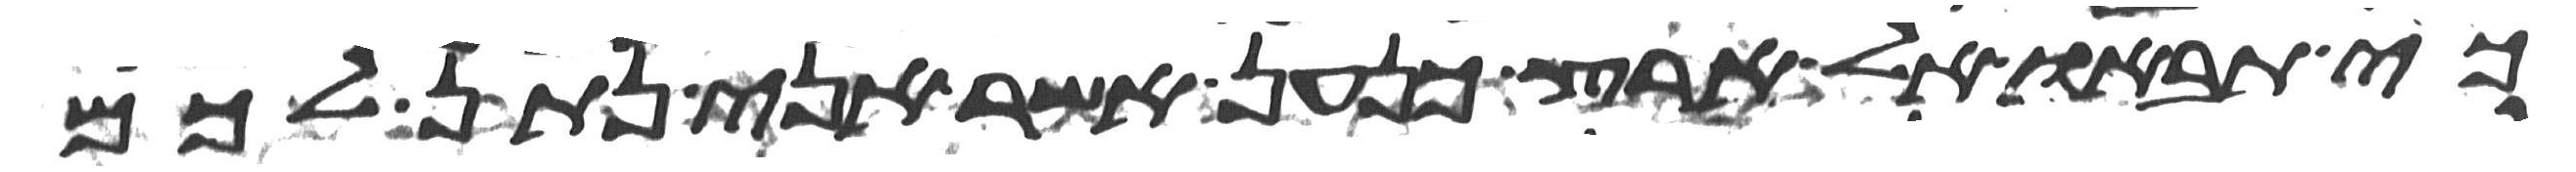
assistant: כי תבאו אל ארץ כנען אשר אני נתן לכם